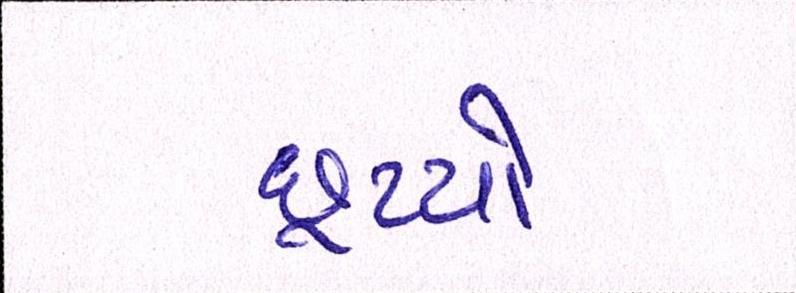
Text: છૂટયો